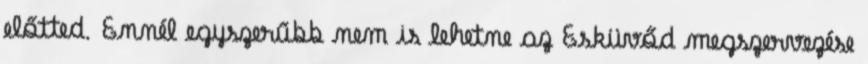
előtted. Ennél egyszerűbb nem is lehetne az Esküvőd megszervezése